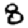
Digit: 8